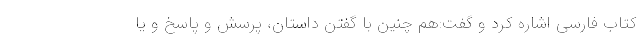
کتاب فارسی اشاره کرد و گفت:هم چنین با گفتن داستان، پرسش و پاسخ و یا